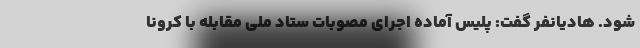
شود. هادیانفر گفت: پلیس آماده اجرای مصوبات ستاد ملی مقابله با کرونا